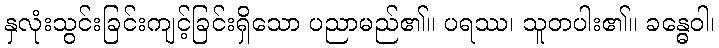
နှလုံးသွင်းခြင်းကျင့်ခြင်းရှိသော ပညာမည်၏။ ပရဿ၊ သူတပါး၏။ ခန္ဓေဝါ၊